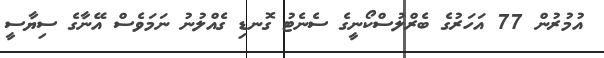
އުމުރުން 77 އަހަރުގެ ބެރްލުސްކޯނީގެ ސެނެޓު ގޮނޑި ގެއްލުނު ނަމަވެސް އޭނާގެ ސިޔާސީ